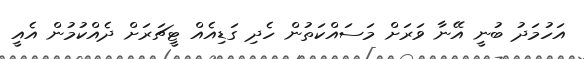
އަހުމަދު ބުނީ އޭނާ ވަރަށް މަސައްކަތުން ހެދި ގަޑިއެެއް ޓީޗަރަށް ދެއްކުމުން އެއީ